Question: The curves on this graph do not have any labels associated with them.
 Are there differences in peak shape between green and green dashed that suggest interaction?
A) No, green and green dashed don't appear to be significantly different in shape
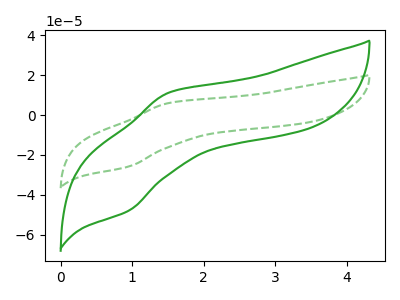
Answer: <think>The green curve "green" has an anodic peak at (1.50V, 11.15uA) and a cathodic peak at (0.95V, -47.95uA). The green dashed curve "green dashed" has an anodic peak at (1.50V, 6.00uA) and a cathodic peak at (0.95V, -25.80uA).
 All the peaks in "green" have a peak in "green dashed" at the same potential. Every peak in "green" is higher than every peak in "green dashed".</think>
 <answer>A) No, "green" and "green dashed" don't appear to be significantly different in shape</answer>
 <eval>A</eval>